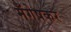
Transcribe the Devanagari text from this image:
मँगेषकर